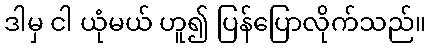
ဒါမှ ငါ ယုံမယ် ဟူ၍ ပြန်ပြောလိုက်သည်။